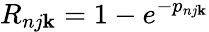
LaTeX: R_{nj\mathbf{k}}=1-e^{-p_{nj\mathbf{k}}}